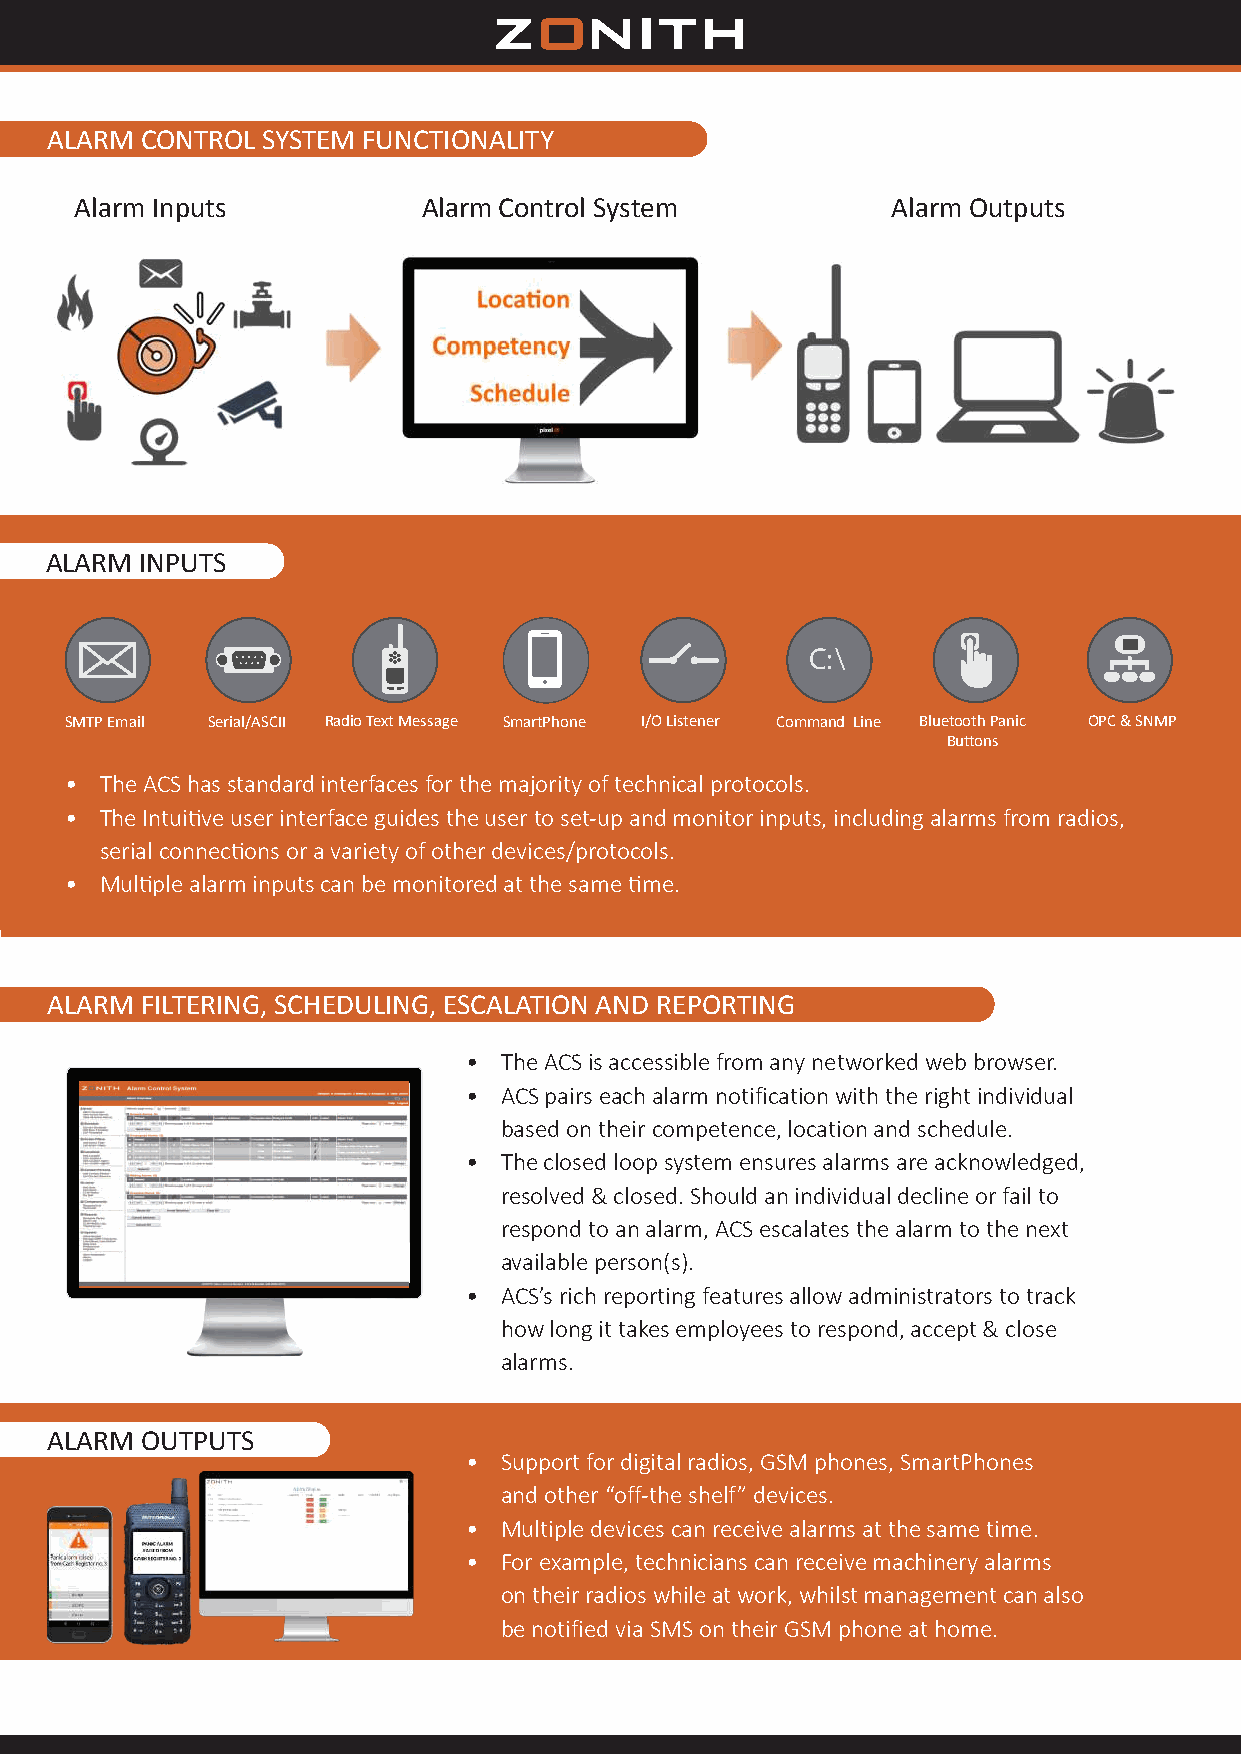
ALARM CONTROL SYSTEM FUNCTIONALITY
 Alarm Inputs           Alarm Control System           Alarm Outputs
 ALARM INPUTS
 ALARM INPUTS
 C:\
 C:\
 S SM MT TP P E Em ma ai il l SerS ie ar l/ia Al S/ CA IS ICII RadR ioa d Teio x tT e Mxt e sM sae gs esage WSm iFa irtPhone I/O ListeI/ nO e rListene Cr ommandC Lo im nemanBdlu eLtinoeoth PanB il cu e tooth Panic O OP PC C & & S SN NM MP P
 Buttons
 Buttons
 •  The ACS has standard interfaces for the majority of technical protocols.
 •  The ACS has standard interfaces for the majority of technical protocols.
 •  The Intuitive user interface guides the user to set-up and monitor inputs, including alarms from radios,
 •  The Intuitive user interface guides the user to set-up and monitor inputs, including alarms from radios,
 serial connections or a variety of other devices/protocols.
 serial connections or a variety of other devices/protocols.
 •  Multiple alarm inputs can be monitored at the same time.
 •  Multiple alarm inputs can be monitored at the same time.
 ALARM FILTERING, SCHEDULING, ESCALATION AND REPORTING
 • The ACS is accessible from any networked web browser.
 • ACS pairs each alarm notification with the right individual
 based on their competence, location and schedule.
 • The closed loop system ensures alarms are acknowledged,
 resolved & closed. Should an individual decline or fail to
 respond to an alarm, ACS escalates the alarm to the next
 available person(s).
 • ACS’s rich reporting features allow administrators to track
 how long it takes employees to respond, accept & close
 alarms.
 ALARM OUTPUTS
 • Support for digital radios, GSM phones, SmartPhones
 and other “off-the shelf” devices.
 • Multiple devices can receive alarms at the same time.
 • For example, technicians can receive machinery alarms
 on their radios while at work, whilst management can also
 be notified via SMS on their GSM phone at home.